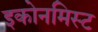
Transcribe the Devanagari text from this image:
इकोनमिस्ट